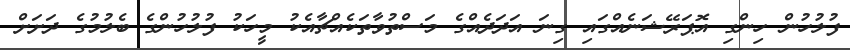
ފުލުހުން ހިންގި އޮޕަރޭޝަނެއްގައި ގިނަ އަދަދެއްގެ މަސްތުވާތަކެއްޗާއެކު މީހަކު ފުލުހުންގެ ބެލުމުގެ ދަށަށް